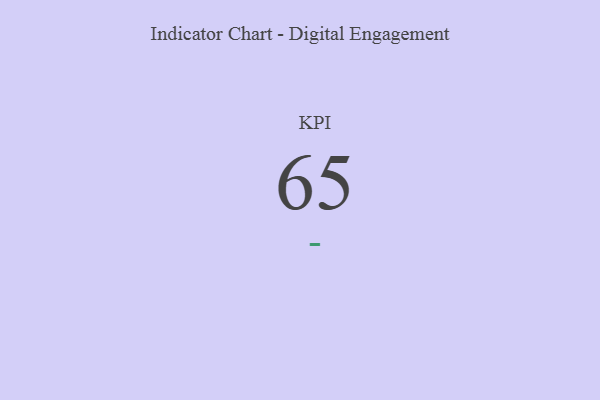
{"axis": {"x": "KPI", "y": "Value"}, "legend": [""], "data": [{"x": "KPI", "y": 65, "type": ""}]}